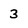
Character: 3